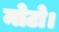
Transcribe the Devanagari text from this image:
मोटो।